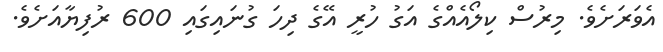
އެވަރަށެވެ. މިރުސް ކިލޯއެއްގެ އަގު ހުރީ އޭގެ ދިހަ ގުނައިގައި 600 ރުފިޔާއަށެވެ.